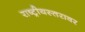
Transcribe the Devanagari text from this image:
राष्ट्रीयस्तरावर